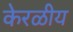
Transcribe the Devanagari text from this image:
केरळीय